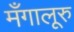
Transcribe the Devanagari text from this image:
मँगालूरु